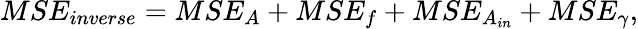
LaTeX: MSE_{inverse}=MSE_{A}+MSE_{f}+MSE_{A_{in}}+MSE_{\gamma},